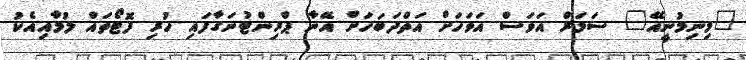
"މިނިމުނީއޭ" ސަމަރް އަވަސް އަވަހަށް އަތްދަބަހަށް އޭނާ ޕްރިންޓުނަގާފައި ހުރި ފޮޓޯތައް ލުމާއިއެކު